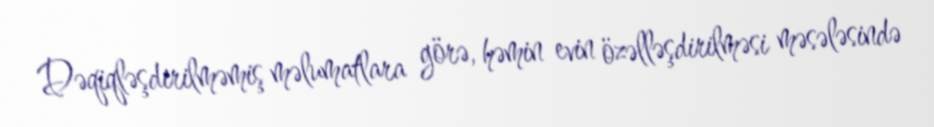
Dəqiqləşdirilməmiş məlumatlara görə, həmin evin özəlləşdirilməsi məsələsində